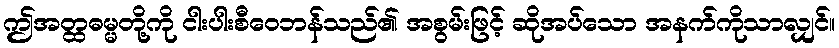
ဤအတ္ထဓမ္မတို့ကို ငါးပါးစီဝေဘန်သည်၏ အစွမ်းဖြင့် ဆိုအပ်သော အနက်ကိုသာလျှင်။